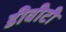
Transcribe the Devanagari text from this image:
डीवीटी